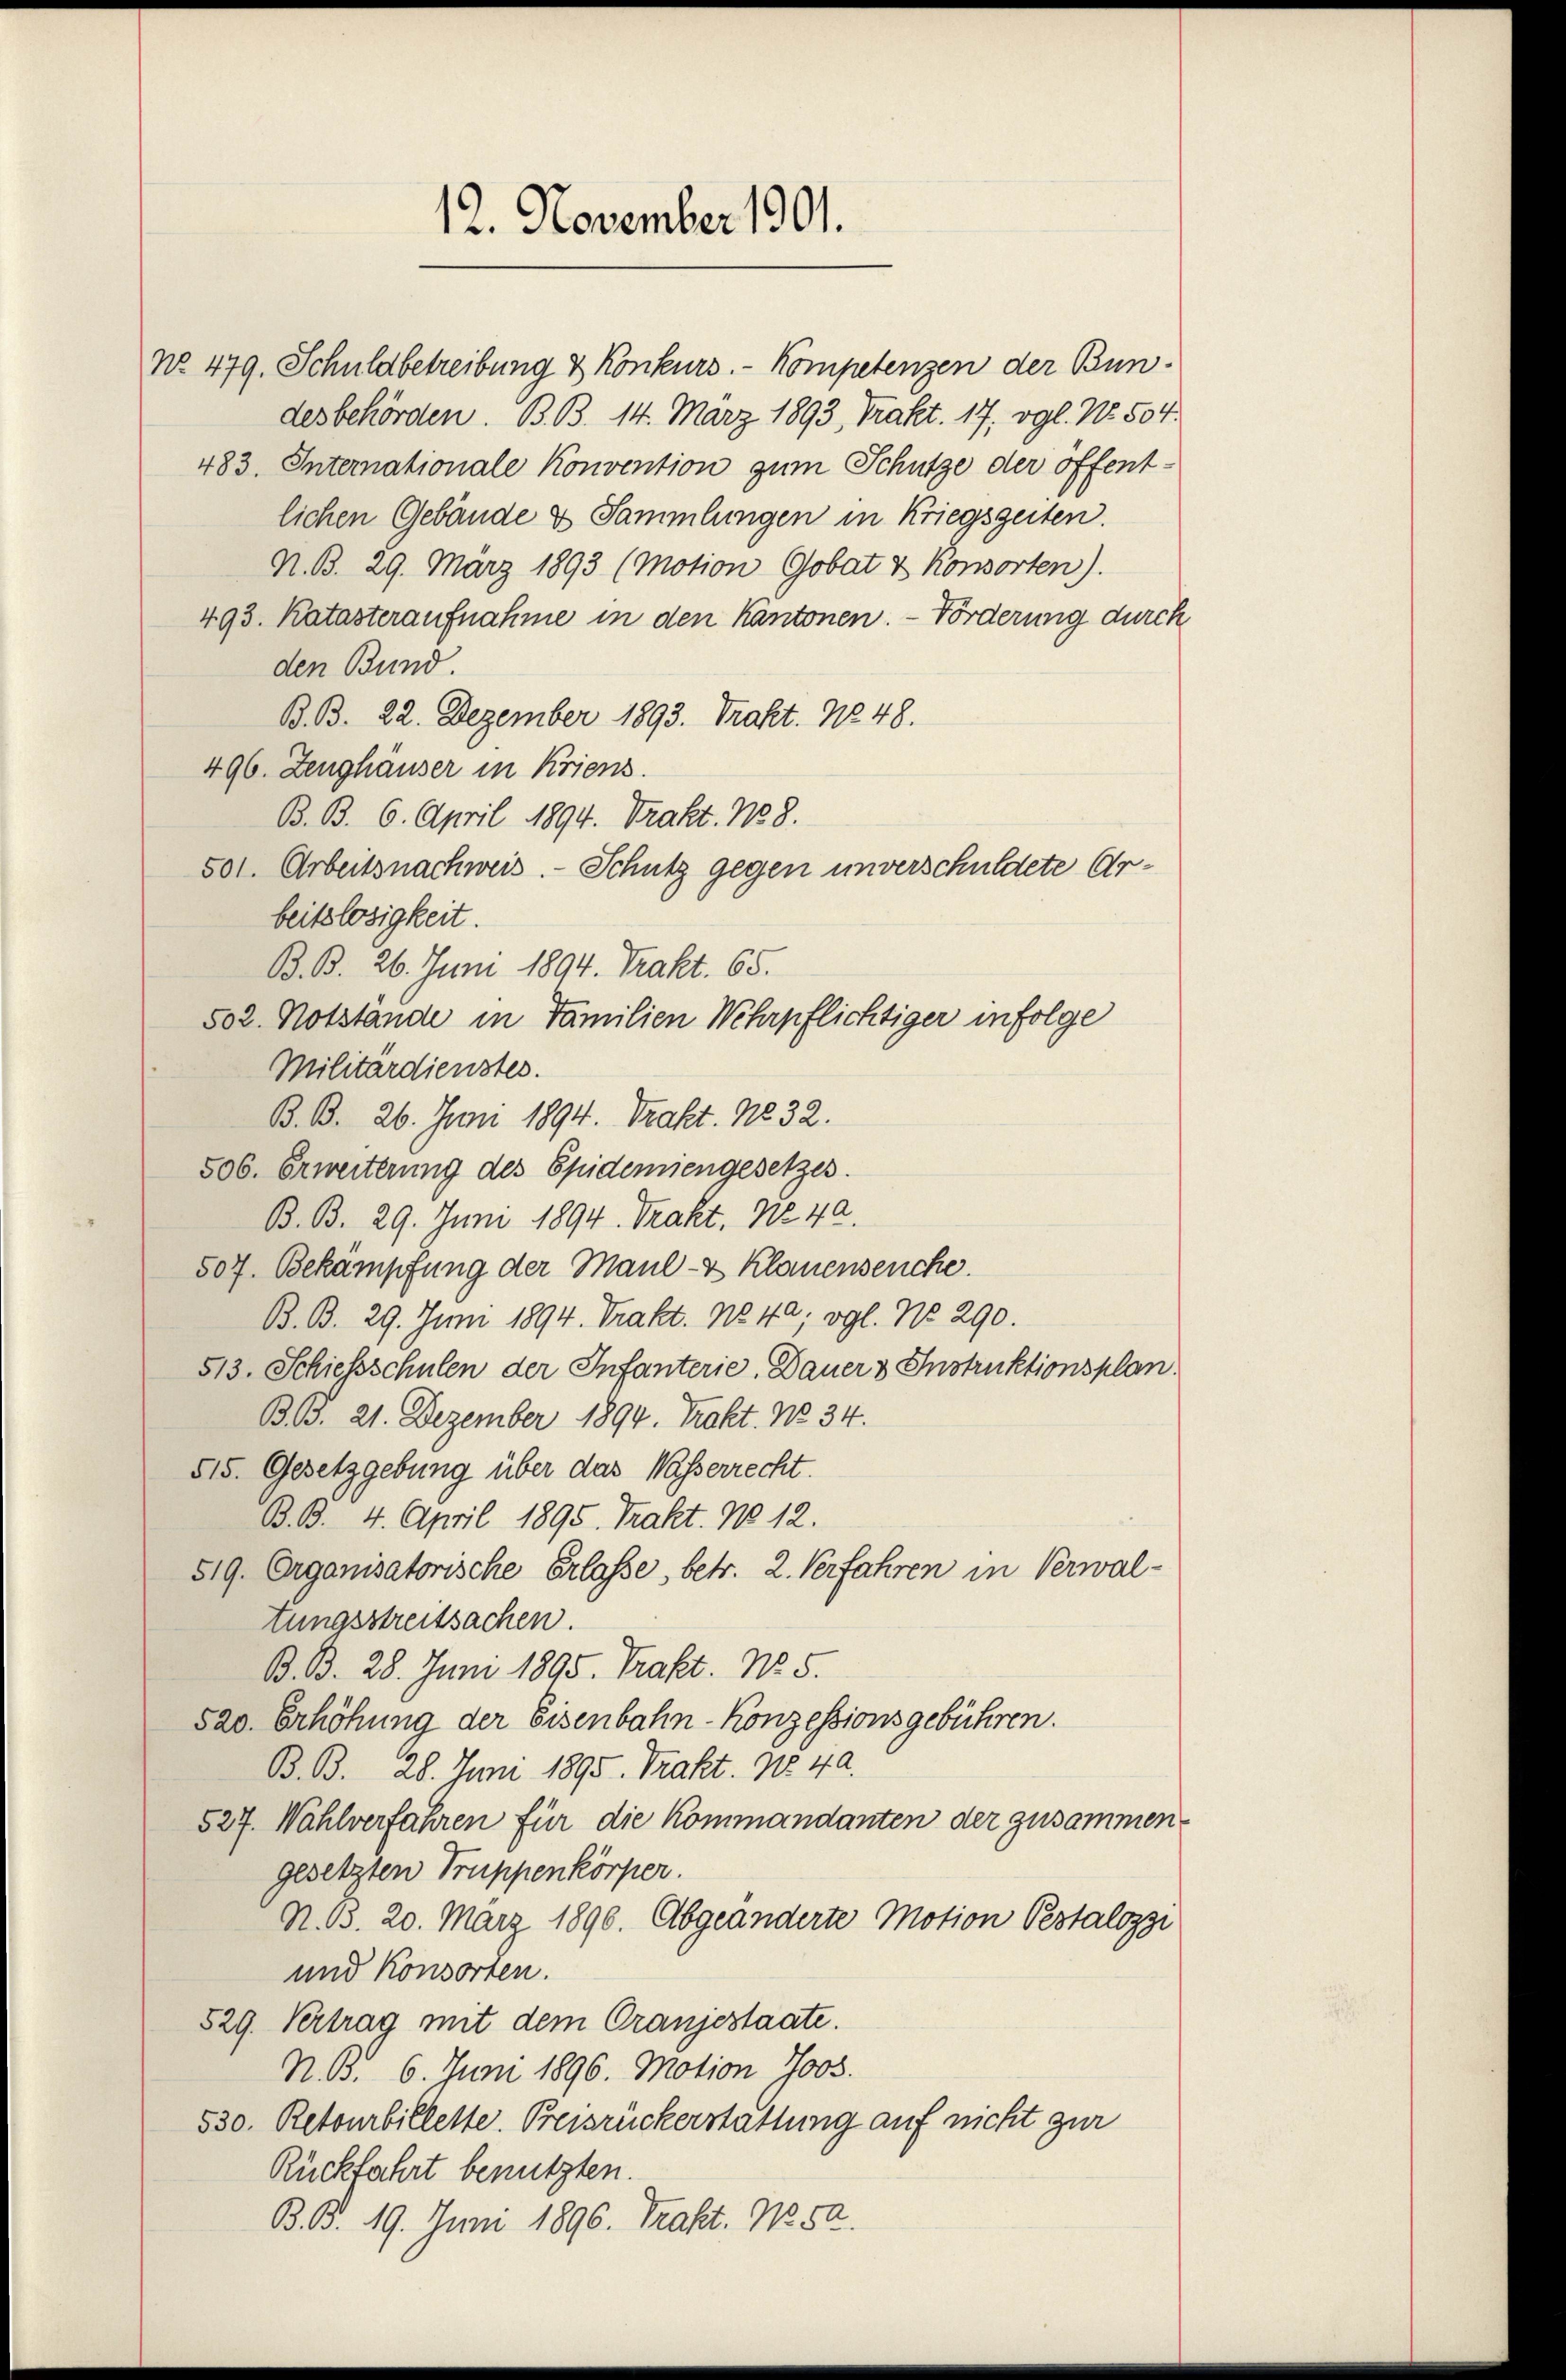
12. November 1901.

No. 479. Schuldbetreibung & Konkurs. - Kompetenzen der Bundesbehörden. B. B. 14. März 1893, Trakt. 17, vgl. No. 504.
483. Internationale Konvention zum Schütze der öffent-
lichen Gebäude & Sammlungen in Kriegszeiten.
N. B. 29. März 1893 (Motion Gobat & Konsorten).
493. Katasteraufnahme in den Kantonen. - Förderung durch
den Bund.
B. B. 22. Dezember 1893. Trakt. No 48.
496. Zeughäuser in Kriens.
B. B. 6. April 1894. Trakt. No 8.
501. Arbeitsnachweis. - Schutz gegen unverschuldete Arbeitslosigkeit.
B. B. 26. Juni 1894. Trakt. 65.
502. Notstande in Familien Wehrpflichtiger infolge
Militärdienstes.
B. B. 26. Juni 1894. Trakt. No 32.
506. Erweiterung des Spidemiengesetzes.
B. B. 29. Juni 1894. Trakt. No 40.
507. Bekämpfung der Maul- & Klauenseuche.
B. B. 29. Juni 1894. Trakt. No 40; vgl. No 290.
513. Schiessschulen der Infanterie. Dauer 3 Instruktionsplan
B. B. 21. Dezember 1894. Trakt. No. 34.
515. Gesetzgebung über das Wasserrecht.
B. B. 4. April 1895. Trakt. No 12.
519. Organisatorische Erlasse, betr. 2. Verfahren in Verwal-
tungsstreitsachen.
B. B. 28. Juni 1895. Trakt. No. 5.
520. Erhöhung der Eisenbahn-Konzessionsgebühren.
B. B. 28. Juni 1895. Trakt. No. 40.
527. Wahlverfahren für die Kommandanten der zusammengesetzten Truppenkörper.
N. B. 20. März 1890. Abgeänderte Motion Pestalozzi
und Konsorten.
529. Vertrag mit dem Oranjestaate.
N. B. 6. Juni 1896. Motion Joos.
530. Retourbillette. Preisruckerstattung auf nicht zur
Rückfahrt benutzten.
B. B. 19. Juni 1896. Trakt. No. 52.